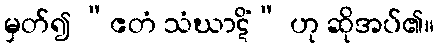
မှတ်၍ “ဧတံ သံဃာဋိံ” ဟု ဆိုအပ်၏။